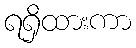
ရရှိထားကာ